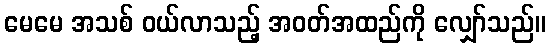
မေမေ အသစ် ဝယ်လာသည့် အဝတ်အထည်ကို လျှော်သည်။